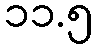
၁၁.၅